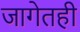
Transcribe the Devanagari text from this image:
जागेतही